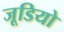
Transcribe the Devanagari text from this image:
जूडियो